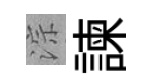
淙諫